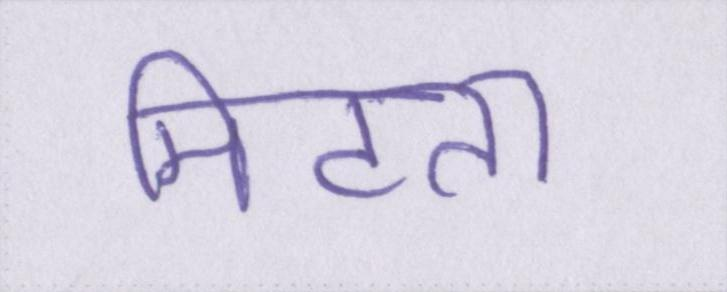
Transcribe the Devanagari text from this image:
मिटता